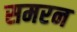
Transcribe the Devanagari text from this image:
समरन